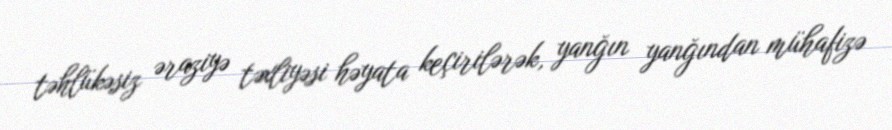
təhlükəsiz əraziyə təxliyəsi həyata keçirilərək, yanğın yanğından mühafizə